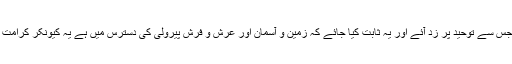
ایسی کرامات جس سے توحید پر زد آئے اور یہ ثابت کیا جائے کہ زمین و آسمان اور عرش و فرش پیرولی کی دسترس میں ہے یہ کیونکر کرامت ہو سکتی ہے ۔